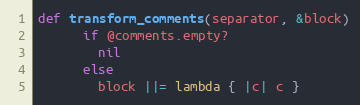
Language: Ruby
def transform_comments(separator, &block)
      if @comments.empty?
        nil
      else
        block ||= lambda { |c| c }